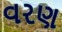
વરણ